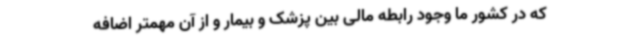
که در کشور ما وجود رابطه مالی بین پزشک و بیمار و از آن مهمتر اضافه